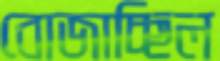
বোজাচ্ছিল